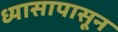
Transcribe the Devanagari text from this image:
ध्यासापासून